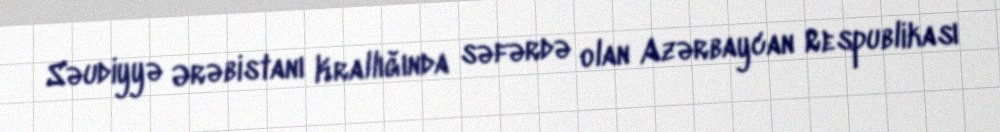
Səudiyyə Ərəbistanı Krallığında səfərdə olan Azərbaycan Respublikası